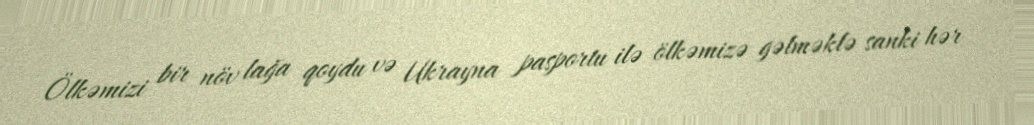
Ölkəmizi bir növ lağa qoydu və Ukrayna pasportu ilə ölkəmizə gəlməklə sanki hər